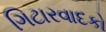
ગિટારવાદકો